Leningradi_Edasi_toimetus, lk 193
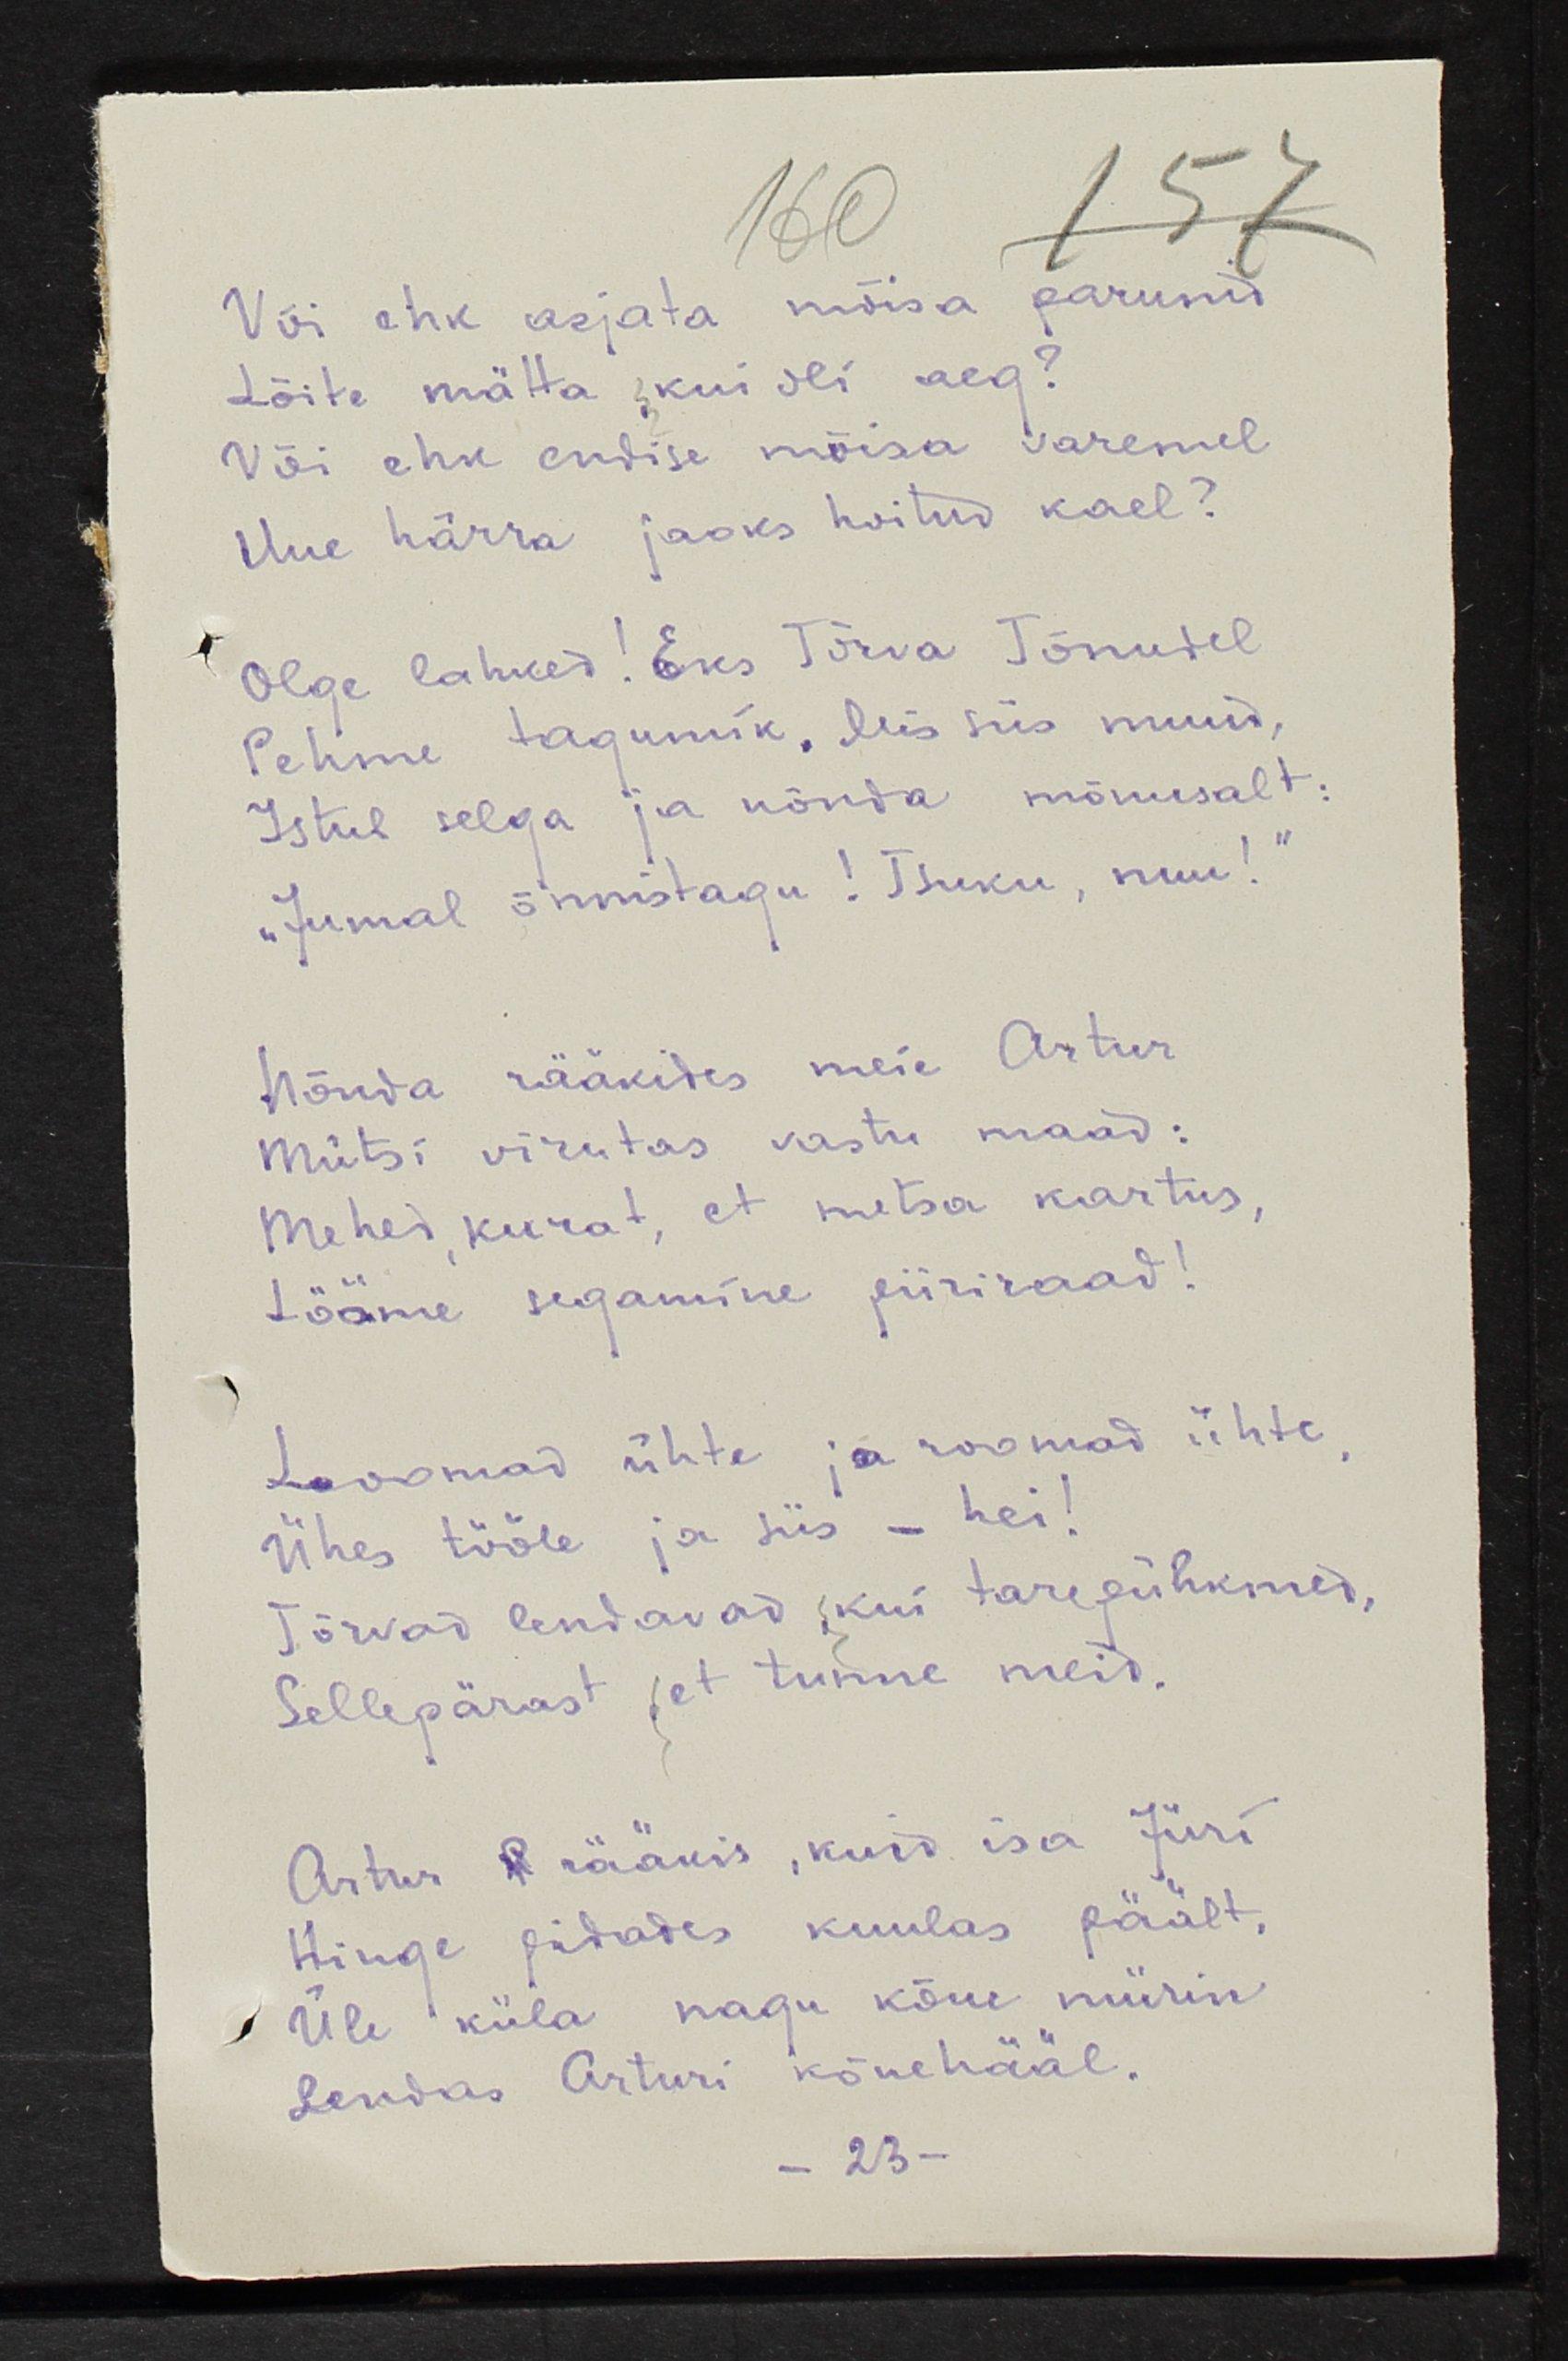
Või ehk asjata mõisa parunid
Lõite mätta, kui oli aeg?
Või ehk endise mõisa varemel
Uue härra jaoks hoitud kael?
Olge lahked! Eks Tõrva Tõnudel
Pehme tagumik. Mis siis muud,
Istub selga ja nõnda mõnusalt:
"Jumal õnnistagu! Tsuku, nuu!"
Nõnda rääkides meie Artur
Mütsi virutas vastu maad:
Mehed, kurat, et metsa kartus,
Lööme segamine piiriraad!
Loomad ühte ja roomad ühte,
Ühes tööle ja siis - hei!
Tõrvad lendavad, kui tarepühkmed,
Sellepärast, et tunne meid.
Artur P rääkis, kuid isa Jüri
Hinge pidades kuulas päält,
Üle küla nagu kõue mürin
Lendas Arturi kõnehääl.